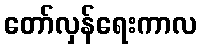
တော်လှန်ရေးကာလ